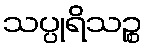
သပ္ပုရိသဉ္စ